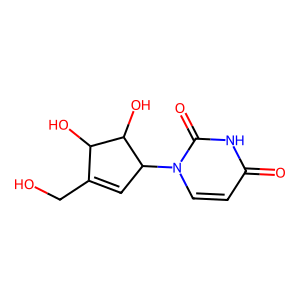
SMILES: O=c1ccn(C2C=C(CO)C(O)C2O)c(=O)[nH]1
Inhibits HIV replication: No